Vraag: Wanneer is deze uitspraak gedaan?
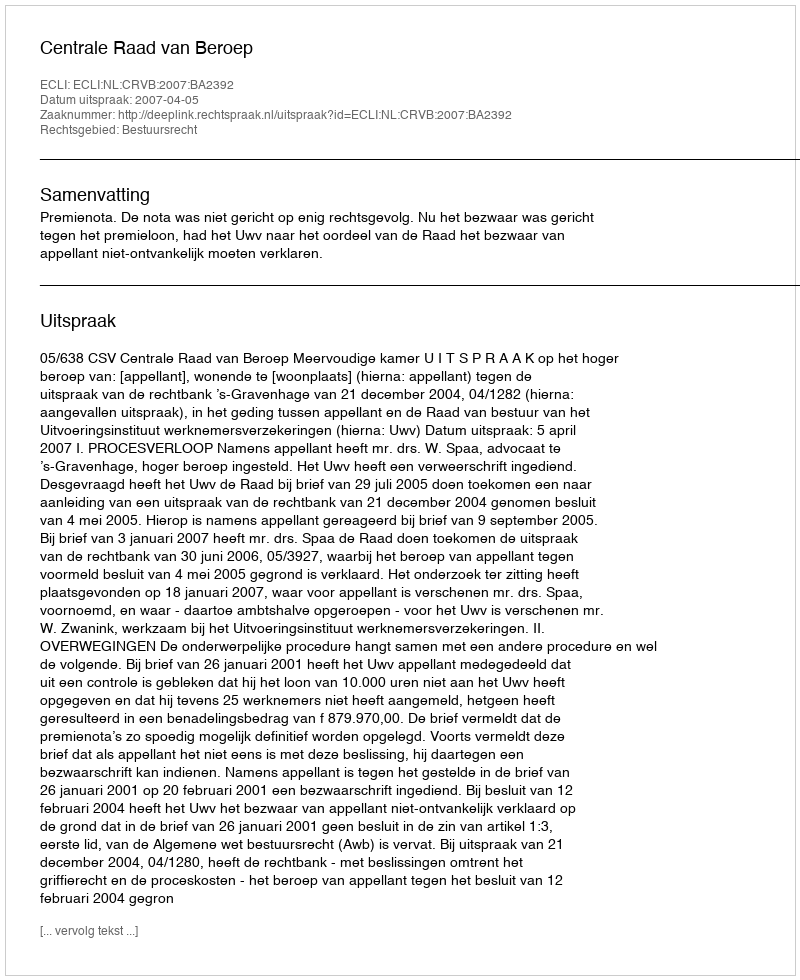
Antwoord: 2007-04-05